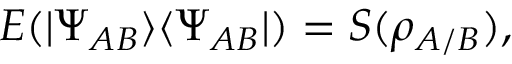
E ( | \Psi _ { A B } \rangle \langle \Psi _ { A B } | ) = S ( \rho _ { A / B } ) ,